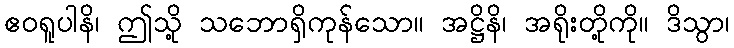
ဧဝရူပါနိ၊ ဤသို့ သဘောရှိကုန်သော။ အဋ္ဌိနိ၊ အရိုးတို့ကို။ ဒိသွာ၊